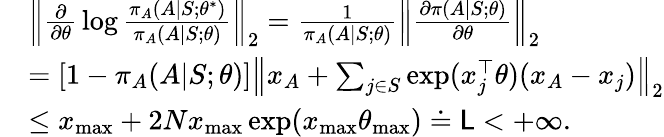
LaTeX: \begin{array}{r}{\begin{array}{rl}&{\left\| {\frac{\partial}{\partial\theta}}\log{\frac{\pi_{A}(A|S;\theta^{*})}{\pi_{A}(A|S;\theta)}}\right\| _{2}={\frac{1}{\pi_{A}(A|S;\theta)}}\left\| {\frac{\partial\pi(A|S;\theta)}{\partial\theta}}\right\| _{2}}\\ &{=[1-\pi_{A}(A|S;\theta)]\left\| x_{A}+\sum_{j\in S}\exp(x_{j}^{\top}\theta)(x_{A}-x_{j})\right\| _{2}}\\ &{\le x_{\operatorname*{max}}+2Nx_{\operatorname*{max}}\exp(x_{\operatorname*{max}}\theta_{\operatorname*{max}})\doteq\mathsf{L}<+\infty.}\end{array}}\end{array}